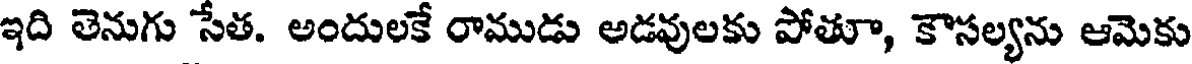
ఇది తెనుగు సేత. అందులకే రాముడు అడవులకు పోతూ, కౌసల్యను ఆమెకు